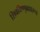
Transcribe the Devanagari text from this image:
शिवविष्णूब्रह्मारूप